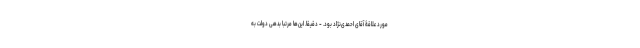
مورد علاقۀ آقای احمدی‌نژاد بود. - دقیقا. این‌ها مرتبا بدهی دولت به